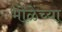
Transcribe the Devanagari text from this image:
भोळेंच्या